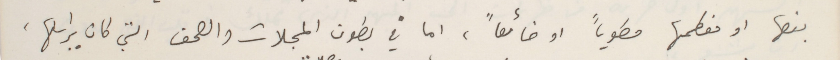
بعضها او معظمها مطوياً او ضائعاً، اما في بطون المجلات والصحف التي كان يراسلها،